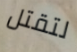
لتقتل